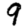
Digit: 9